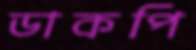
ডাকপি